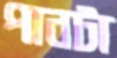
পানটা